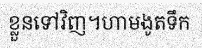
ខ្លួនទៅវិញ។ហាមងូតទឹក